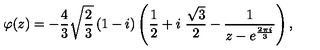
\varphi ( z ) = - \frac { 4 } { 3 } \sqrt { \frac { 2 } { 3 } } \left( 1 - i \right) \left( \frac { 1 } { 2 } + i \ \frac { \sqrt { 3 } } { 2 } - \frac { 1 } { z - e ^ { \frac { 2 \pi i } { 3 } } } \right) ,